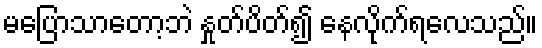
မပြောသာတော့ဘဲ နှုတ်ပိတ်၍ နေလိုက်ရလေသည်။